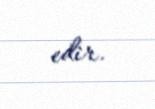
edir.